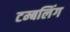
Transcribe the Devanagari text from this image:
टम्बलिंग